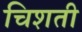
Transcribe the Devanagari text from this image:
चिशती